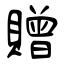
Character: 贈